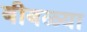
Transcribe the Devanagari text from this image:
बीबळ्या